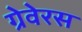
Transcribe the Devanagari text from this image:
ग्रेवेरस